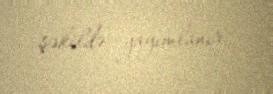
şəkildə yayımlanır.